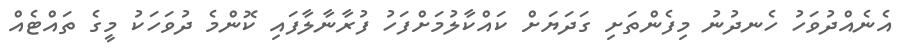
އެނެއްދުވަހު ހެނދުނު މިފެންތަށި ގަދަޔަށް ކައްކާލުމަށްފަހު ފުރާނާލާފައި ކޮންމެ ދުވަހަކު މީގެ ތައްޓެއް